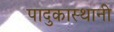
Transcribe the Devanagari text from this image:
पादुकास्थानी